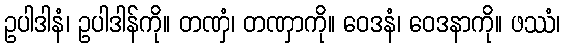
ဥပါဒါနံ၊ ဥပါဒါန်ကို။ တဏှံ၊ တဏှာကို။ ဝေဒနံ၊ ဝေဒနာကို။ ဖဿံ၊